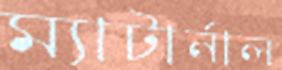
ম্যাটার্নাল